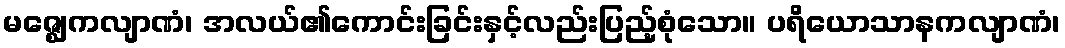
မဇ္ဈေကလျာဏံ၊ အလယ်၏ကောင်းခြင်းနှင့်လည်းပြည့်စုံသော။ ပရိယောသာနကလျာဏံ၊